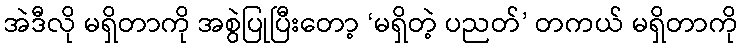
အဲဒီလို မရှိတာကို အစွဲပြုပြီးတော့ ‘မရှိတဲ့ ပညတ်’ တကယ် မရှိတာကို